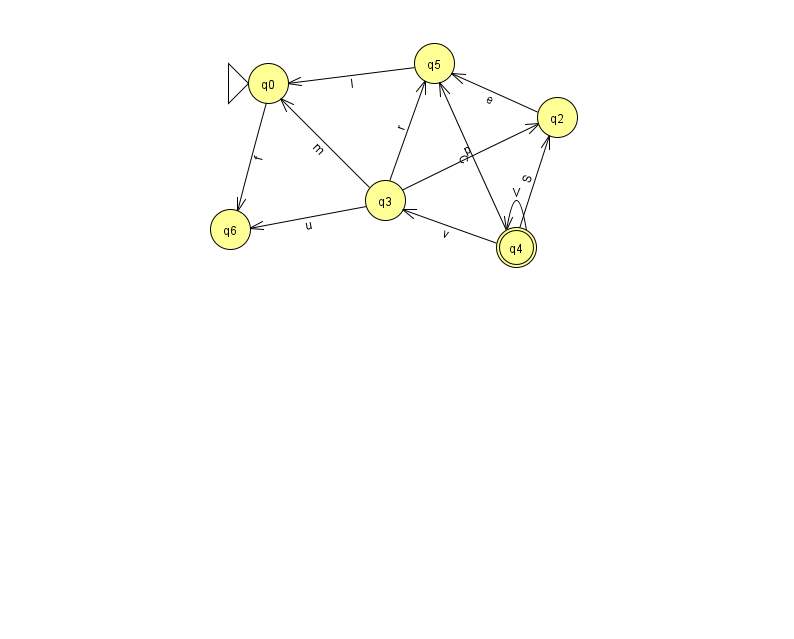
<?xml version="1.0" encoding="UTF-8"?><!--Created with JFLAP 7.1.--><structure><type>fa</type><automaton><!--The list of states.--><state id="0" name="q0"><x>268.0</x><y>70.0</y><initial/></state><state id="2" name="q2"><x>557.0</x><y>104.0</y></state><state id="3" name="q3"><x>385.0</x><y>187.0</y></state><state id="4" name="q4"><x>516.0</x><y>234.0</y><final/></state><state id="5" name="q5"><x>434.0</x><y>50.0</y></state><state id="6" name="q6"><x>230.0</x><y>216.0</y></state><!--The list of transitions.--><transition><from>2</from><to>5</to><read>e</read></transition><transition><from>5</from><to>0</to><read>l</read></transition><transition><from>4</from><to>2</to><read>S</read></transition><transition><from>4</from><to>4</to><read>V</read></transition><transition><from>4</from><to>5</to><read>C</read></transition><transition><from>0</from><to>6</to><read>f</read></transition><transition><from>3</from><to>6</to><read>u</read></transition><transition><from>3</from><to>2</to><read>p</read></transition><transition><from>4</from><to>3</to><read>v</read></transition><transition><from>3</from><to>5</to><read>r</read></transition><transition><from>3</from><to>0</to><read>m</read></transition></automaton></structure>